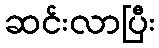
ဆင်းလာပြီး